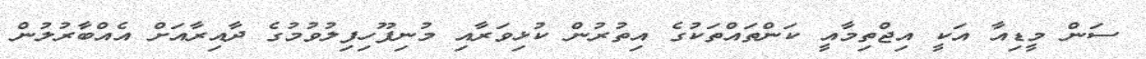
ސަން މީޑިއާ އަކީ އިޖްތިމާއީ ކަންތައްތަކުގެ އިތުރުން ކުޅިވަރާއި މުނިފޫހިފިލުވުމުގެ ދާއިރާއަށް އެއްބާރުލުން